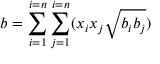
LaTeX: b = \sum _ { i = 1 } ^ { i = n } \sum _ { j = 1 } ^ { i = n } ( x _ { i } x _ { j } { \sqrt { b _ { i } b _ { j } } } )